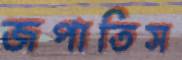
জপাতিস